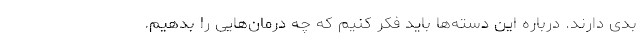
بدی دارند. درباره این دسته‌ها باید فکر کنیم که چه درمان‌هایی را بدهیم.